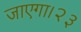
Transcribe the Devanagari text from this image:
जाएगा।२३